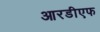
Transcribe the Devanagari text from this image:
आरडीएफ